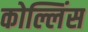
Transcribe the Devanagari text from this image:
कोल्लिंस